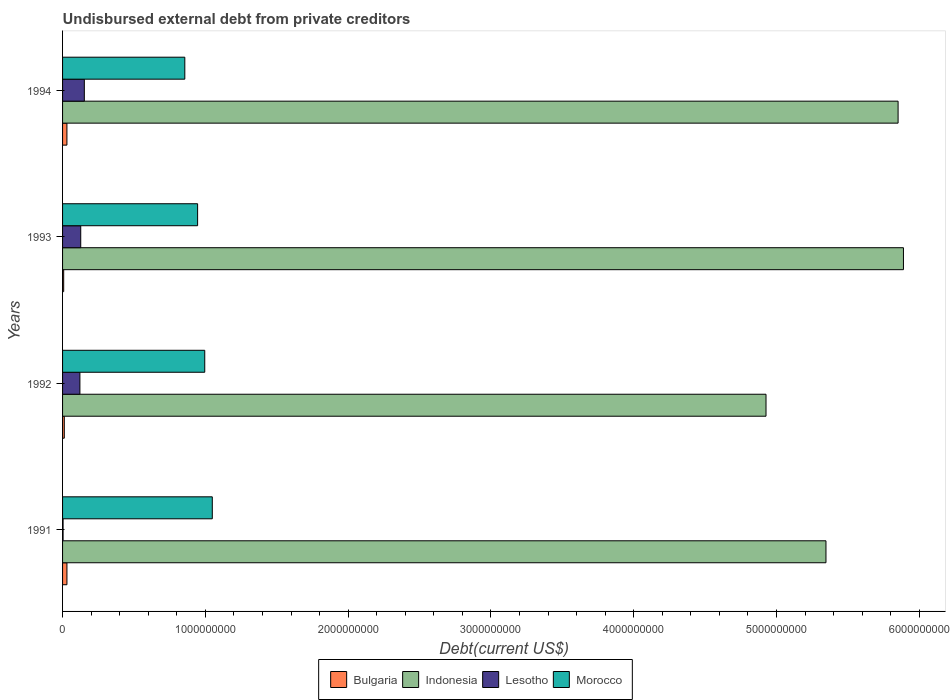
| Years | Bulgaria | Indonesia | Lesotho | Morocco |
 | --- | --- | --- | --- | --- |
 | 1991 | 3.06e+07 | 5.35e+09 | 3.64e+06 | 1.05e+09 |
 | 1992 | 1.22e+07 | 4.93e+09 | 1.21e+08 | 9.96e+08 |
 | 1993 | 7.90e+06 | 5.89e+09 | 1.27e+08 | 9.46e+08 |
 | 1994 | 3.05e+07 | 5.85e+09 | 1.52e+08 | 8.56e+08 |